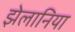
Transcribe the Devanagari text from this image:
झेलानिया